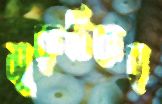
সুরুচিকর